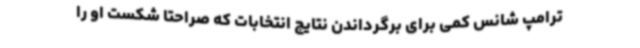
ترامپ شانس کمی برای برگرداندن نتایج انتخابات که صراحتا شکست او را